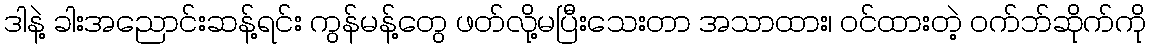
ဒါနဲ့ ခါးအညောင်းဆန့်ရင်း ကွန်မန့်တွေ ဖတ်လို့မပြီးသေးတာ အသာထား၊ ဝင်ထားတဲ့ ဝက်ဘ်ဆိုက်ကို